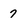
Character: 7